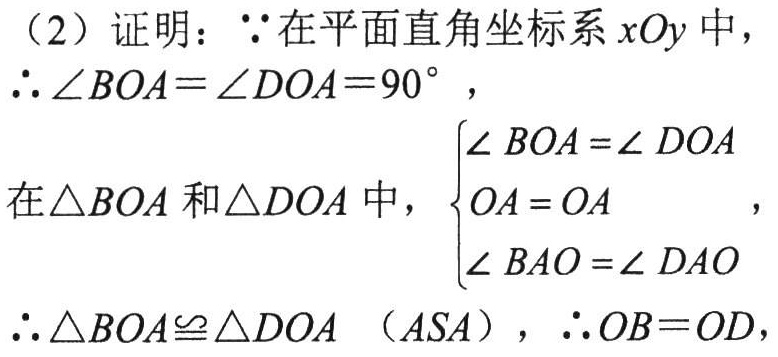
（2）证明：\(\because\)在平面直角坐标系 \(xOy\) 中，
\(\therefore\angle BOA = \angle DOA=90^{\circ}\)，
在\(\triangle BOA\)和\(\triangle DOA\)中，\(\begin{cases}
\angle BOA=\angle DOA\\
OA = OA\\
\angle BAO=\angle DAO
\end{cases}\)，
\(\therefore\triangle BOA\cong\triangle DOA\)（\(ASA\)），\(\therefore OB = OD\)，